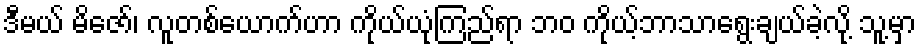
ဒီမယ် မိဇော်၊ လူတစ်ယောက်ဟာ ကိုယ်ယုံကြည်ရာ ဘဝ ကိုယ့်ဘာသာရွေးချယ်ခဲ့လို့ သူ့မှာ